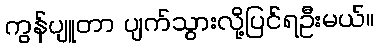
ကွန်ပျူတာ ပျက်သွားလို့ပြင်ရဦးမယ်။